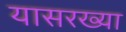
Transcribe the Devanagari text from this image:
यासरख्या